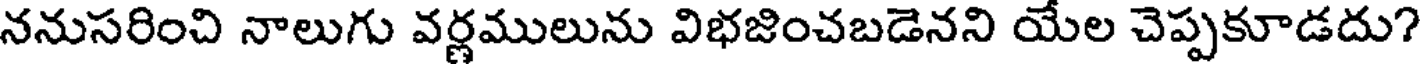
ననుసరించి నాలుగు వర్ణములును విభజించబడెనని యేల చెప్పకూడదు?